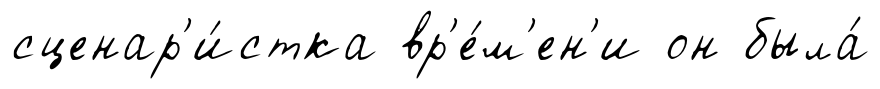
сценар'и́стка вр'е́м'ен'и он была́